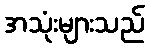
အသုံးများသည်